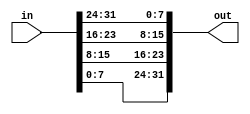
// This program was cloned from: https://github.com/matthewdelorenzo/CreativEval
// License: BSD 3-Clause "New" or "Revised" License

module top_module( 
    input [31:0] in,
    output [31:0] out );//

    // assign out[31:24] = ...;
    assign out = {in[7:0], in[15:8], in[23:16], in[31:24]};

endmodule